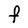
Character: F